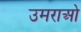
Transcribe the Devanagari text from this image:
उमराओ